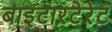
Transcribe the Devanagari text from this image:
बाइटारटेरेट